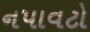
નપાવટો